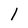
Character: l